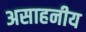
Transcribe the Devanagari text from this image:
असाहनीय